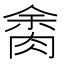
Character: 𦛝